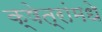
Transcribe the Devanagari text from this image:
क्षेत्रांमधे